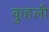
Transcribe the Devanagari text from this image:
कुहली